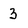
Character: 3